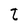
Character: t